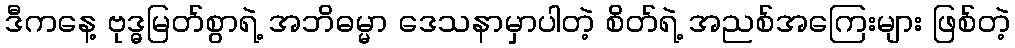
ဒီကနေ့ ဗုဒ္ဓမြတ်စွာရဲ့ အဘိဓမ္မာ ဒေသနာမှာပါတဲ့ စိတ်ရဲ့ အညစ်အကြေးများ ဖြစ်တဲ့